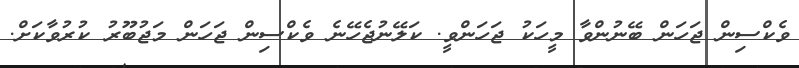
ވެކްސިން ޖަހަން ބޭނުންވާ މީހަކު ޖަހަންވީ. ކަލޭނުޖެހޭނެ ވެކްސިން ޖަހަން މަޖުބޫރު ކުރުވާކަށް.